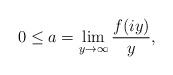
LaTeX: \begin{align*}0\leq a=\lim_{y\to\infty}\frac{f(iy)}{y},\end{align*}